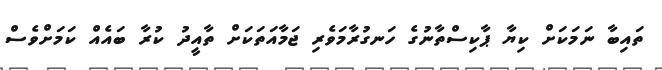
ތައިބާ ނަމަކަށް ކިޔާ ޕާކިސްތާނުގެ ހަނގުރާމަވެރި ޖަމާއަތަކަށް ތާއީދު ކުރާ ބައެއް ކަމަށްވެސް